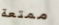
ممتعة